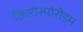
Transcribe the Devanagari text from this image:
क्रिप्टोस्पोरीडम